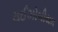
રાઈઝોબીયમ